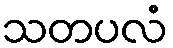
သတပလံ